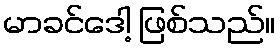
မာခင်ဒေါ့ ဖြစ်သည်။